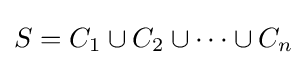
S=C_{1}\cup C_{2}\cup \cdots \cup C_{n}